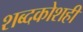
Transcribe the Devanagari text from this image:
शब्दकोशही